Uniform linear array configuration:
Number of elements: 48
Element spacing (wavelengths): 0.5
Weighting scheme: exponential
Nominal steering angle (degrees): -45
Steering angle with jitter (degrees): -43.199
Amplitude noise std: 0.05
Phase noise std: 0.05

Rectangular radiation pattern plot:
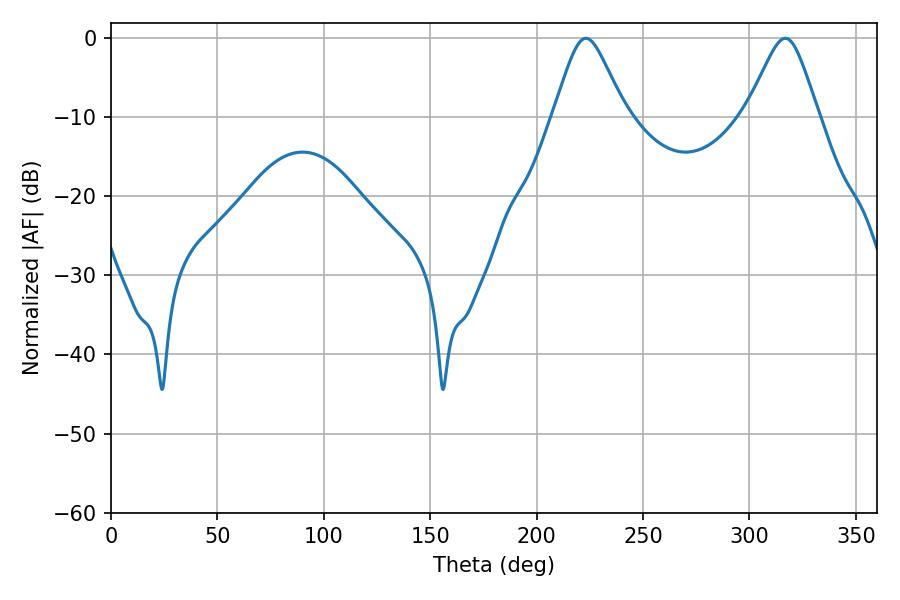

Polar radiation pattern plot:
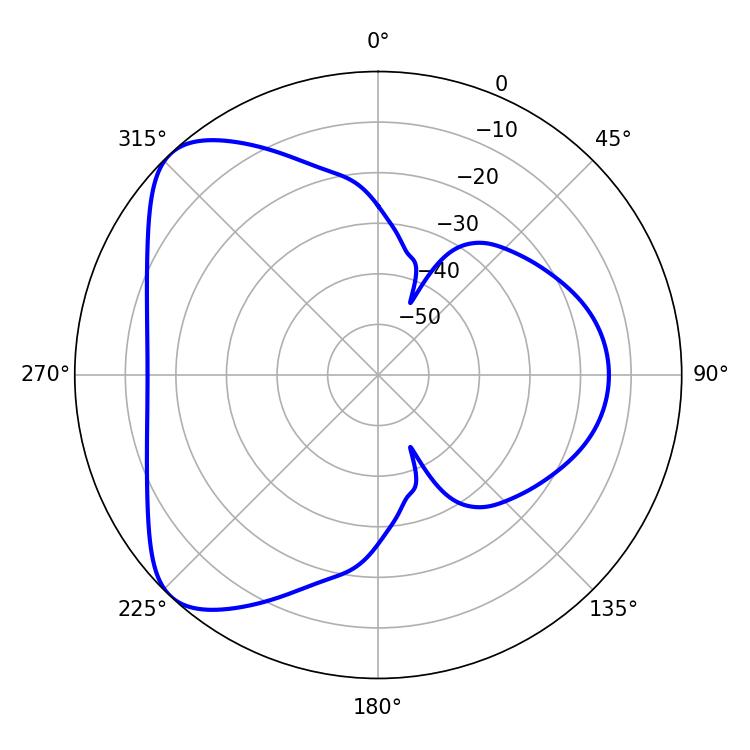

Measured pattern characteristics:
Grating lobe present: FALSE
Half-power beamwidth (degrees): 16.2
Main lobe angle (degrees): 223.2